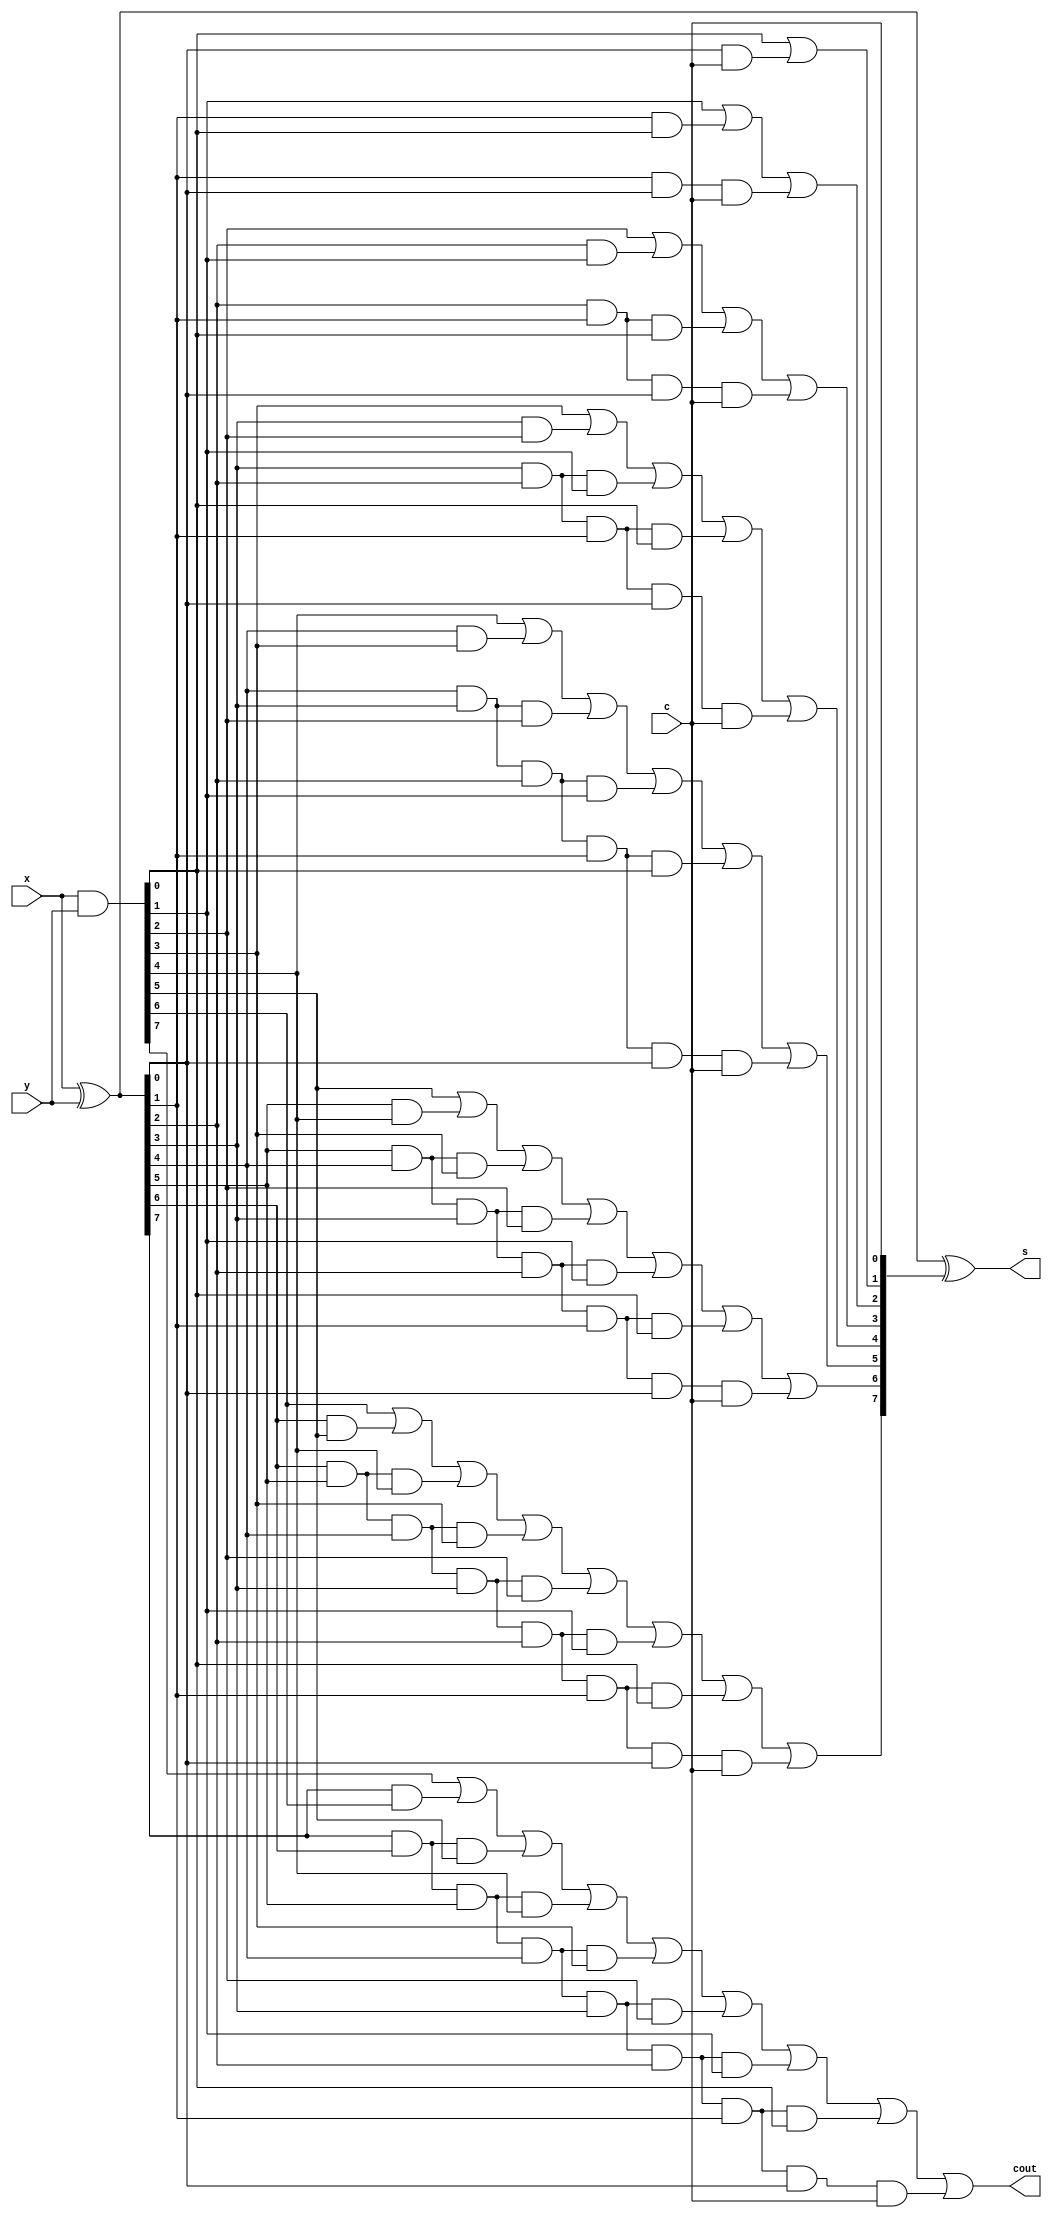
 
module fastadder8bit(x,y,c,s,cout); 

 input [7:0] x;
 input [7:0] y;
 input c;
 
 output [7:0] s;
 output cout;
            
 wire [7:0] p;
 wire [7:0] m;
 wire [8:0] n;   
    
 
 assign p = x ^ y;
 assign m = x & y;



 assign n[0] = c;
 assign n[1] = m[0] | (p[0] & c);
 assign n[2] = m[1] | (p[1] & m[0]) | (p[1] & p[0] & c);
 assign n[3] = m[2] | (p[2] & m[1]) | (p[2] & p[1] & m[0]) | (p[2] & p[1] & p[0] & c);
 assign n[4] = m[3] | (p[3] & m[2]) | (p[3] & p[2] & m[1]) | (p[3] & p[2] & p[1] & m[0]) | (p[3] & p[2] & p[1] & p[0] & c);
 assign n[5] = m[4] | (p[4] & m[3]) | (p[4] & p[3] & m[2]) | (p[4] & p[3] & p[2] & m[1]) | (p[4] & p[3] & p[2] & p[1] & m[0]) | (p[4] & p[3] & p[2] & p[1] & p[0] & c);
 assign n[6] = m[5] | (p[5] & m[4]) | (p[5] & p[4] & m[3]) | (p[5] & p[4] & p[3] & m[2]) | (p[5] & p[4] & p[3] & p[2] & m[1]) | (p[5] & p[4] & p[3] & p[2] & p[1] & m[0]) | (p[5] & p[4] & p[3] & p[2] & p[1] & p[0] & c);
 assign n[7] = m[6] | (p[6] & m[5]) | (p[6] & p[5] & m[4]) | (p[6] & p[5] & p[4] & m[3]) | (p[6] & p[5] & p[4] & p[3] & m[2]) | (p[6] & p[5] & p[4] & p[3] & p[2] & m[1]) | (p[6] & p[5] & p[4] & p[3] & p[2] & p[1] & m[0]) | (p[6] & p[5] & p[4] & p[3] & p[2] & p[1] & p[0] & c);
 assign n[8] = m[7] | (p[7] & m[6]) | (p[7] & p[6] & m[5]) | (p[7] & p[6] & p[5] & m[4]) | (p[7] & p[6] & p[5] & p[4] & m[3]) | (p[7] & p[6] & p[5] & p[4] & p[3] & m[2]) | (p[7] & p[6] & p[5] & p[4] & p[3] & p[2] & m[1]) | (p[7] & p[6] & p[5] & p[4] & p[3] & p[2] & p[1] & m[0]) | (p[7] & p[6] & p[5] & p[4] & p[3] & p[2] & p[1] & p[0] & c);


 

 assign cout = n[8] ;
 assign s = p ^ n[7:0] ;
endmodule